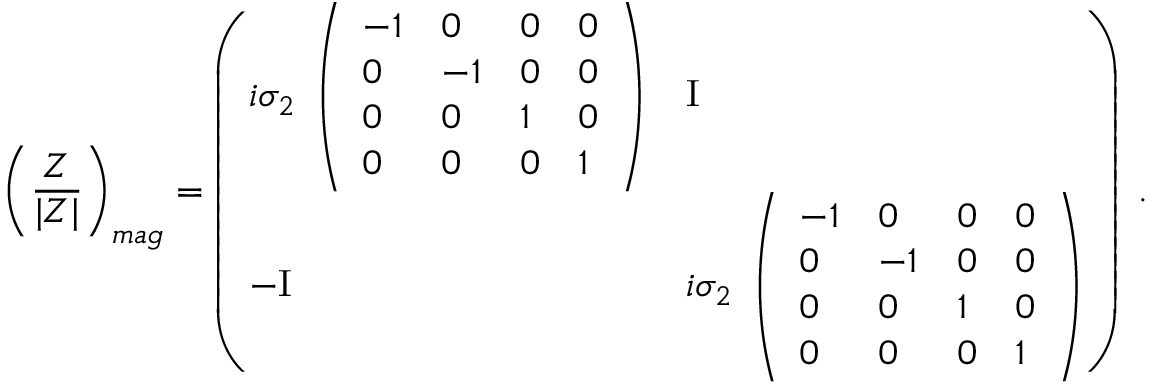
\left( { \frac { \cal Z } { | Z | } } \right) _ { m a g } = \left( \begin{array} { l l } { { i \sigma _ { 2 } \; \left( \begin{array} { l l l l } { { - 1 } } & { { 0 } } & { { 0 } } & { { 0 } } \\ { { 0 } } & { { - 1 } } & { { 0 } } & { { 0 } } \\ { { 0 } } & { { 0 } } & { { 1 } } & { { 0 } } \\ { { 0 } } & { { 0 } } & { { 0 } } & { { 1 } } \end{array} \right) } } & { { \mathrm { I } } } \\ { { - \mathrm { I } } } & { { i \sigma _ { 2 } \; \left( \begin{array} { l l l l } { { - 1 } } & { { 0 } } & { { 0 } } & { { 0 } } \\ { { 0 } } & { { - 1 } } & { { 0 } } & { { 0 } } \\ { { 0 } } & { { 0 } } & { { 1 } } & { { 0 } } \\ { { 0 } } & { { 0 } } & { { 0 } } & { { 1 } } \end{array} \right) } } \end{array} \right) \ .